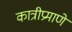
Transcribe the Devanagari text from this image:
कात्रीप्रमाणे